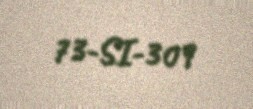
73-SI-309